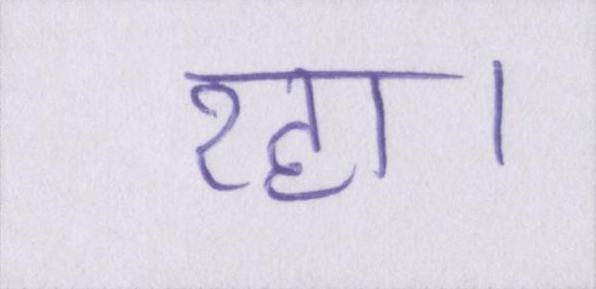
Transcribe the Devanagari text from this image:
रहा।